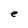
Character: e